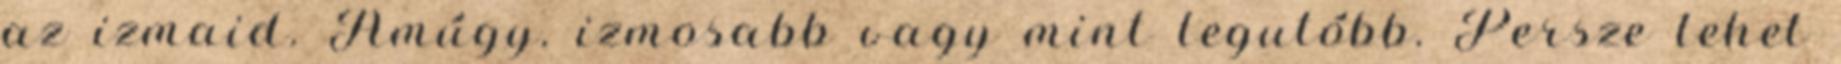
az izmaid. Amúgy. izmosabb vagy mint legutóbb. Persze lehet